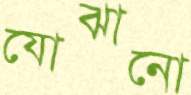
যোঝানো